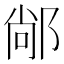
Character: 䣊